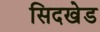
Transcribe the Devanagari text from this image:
सिदखेड